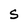
Character: S